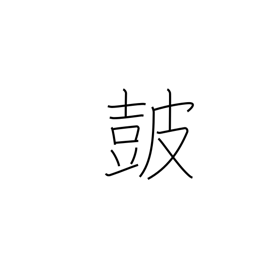
Meaning: drum